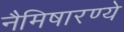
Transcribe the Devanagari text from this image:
नैमिषारण्ये